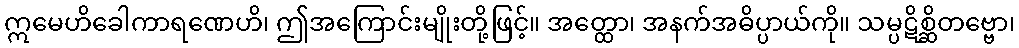
ဣမေဟိခေါကာရဏေဟိ၊ ဤအကြောင်းမျိုးတို့ဖြင့်။ အတ္ထော၊ အနက်အဓိပ္ပာယ်ကို။ သမ္ပဋိစ္ဆိတဗ္ဗော၊